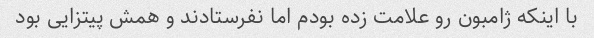
با اینکه ژامبون رو علامت زده بودم اما نفرستادند و همش پیتزایی بود